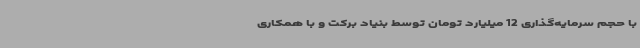
با حجم سرمایه‌گذاری 12 میلیارد تومان توسط بنیاد برکت و با همکاری